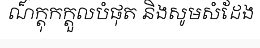
ណ៏ក្តុកក្តួលបំផុត និងសូមសំដែង